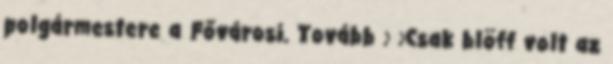
polgármestere a Fővárosi. Tovább › ›Csak blöff volt az